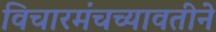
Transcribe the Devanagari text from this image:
विचारमंचच्यावतीने